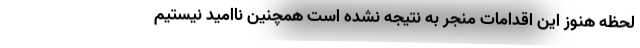
لحظه هنوز این اقدامات منجر به نتیجه نشده است همچنین ناامید نیستیم